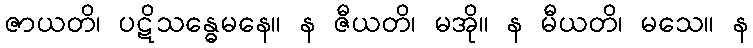
ဇာယတိ၊ ပဋိသန္ဓေမနေ။ န ဇီယတိ၊ မအို။ န မီယတိ၊ မသေ။ န